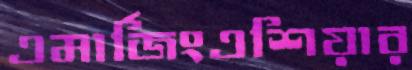
এমার্জিংএশিয়ার